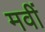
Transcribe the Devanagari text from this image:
मवीं